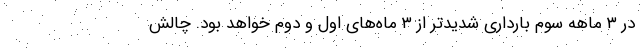
در ۳ ماهه سوم بارداری شدیدتر از ۳ ماه‌های اول و دوم خواهد بود. چالش